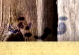
قريق